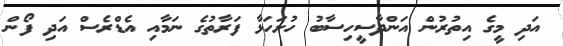
އަދި މީގެ އިތުރުން އަންދާސީހިސާބު ހުށަހަޅާ ފަރާތުގެ ނަމާއި އެޑްރެސް އަދި ފޯން